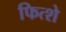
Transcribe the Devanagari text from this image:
फित्शे